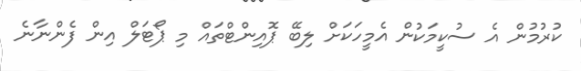
ކުރުމުން އެ ސުކީމަކުން އެމީހަކަށް ލިބޭ ޕޮއިންޓްތައް މި ޕޯޓަލް އިން ފެންނާނެ